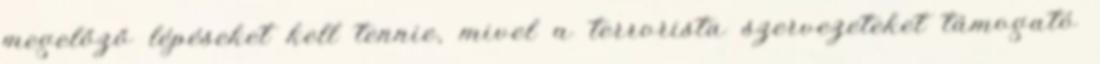
megelőző lépéseket kell tennie, mivel a terrorista szervezeteket támogató